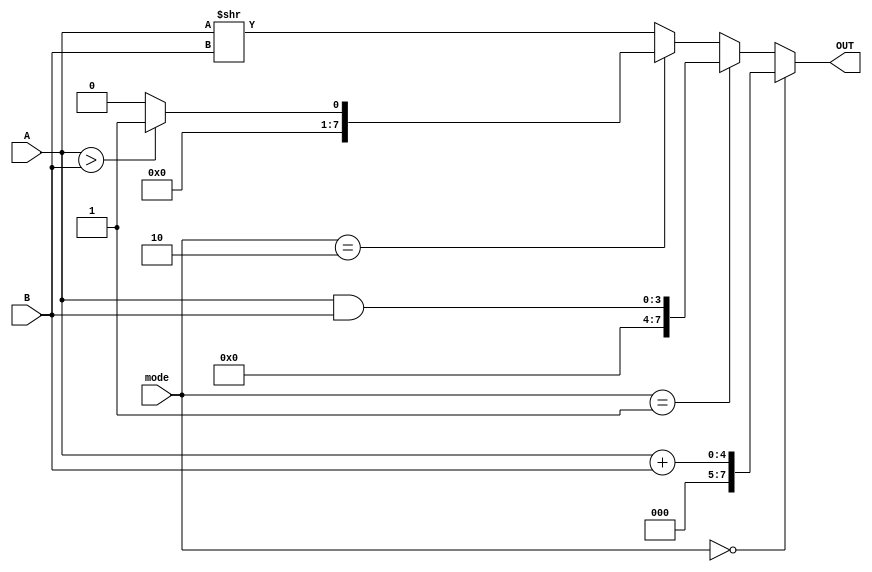
module ALU_con(OUT,A,B,mode);

input [3:0]A,B;
input [1:0]mode;
output  [7:0]OUT;

assign OUT = (mode == 0)? A+B
	:(mode==1)? A&B
	:(mode==2)? (A>B)? 1:0
	: A>>B ;


endmodule